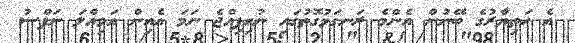
އެ ހަތިޔާރުގެ ބޭނުން އެންމެ ރަނގަޅުގޮތުުގައި ނުހިފިއްޖެ ނަމަ އެއިން އަމިއްލަ ނަފްސު